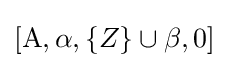
[\mathrm {A} ,\alpha ,\{Z\}\cup \beta ,0]